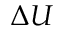
\Delta U